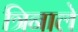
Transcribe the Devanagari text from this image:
त्रिनाले